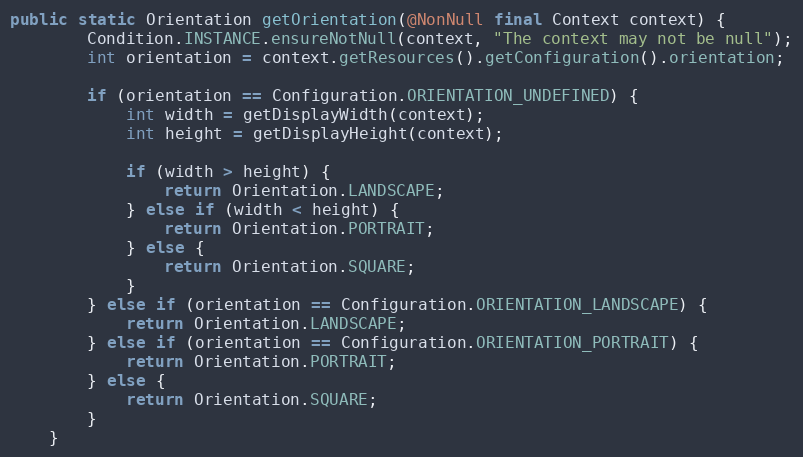
Language: Java
public static Orientation getOrientation(@NonNull final Context context) {
        Condition.INSTANCE.ensureNotNull(context, "The context may not be null");
        int orientation = context.getResources().getConfiguration().orientation;

        if (orientation == Configuration.ORIENTATION_UNDEFINED) {
            int width = getDisplayWidth(context);
            int height = getDisplayHeight(context);

            if (width > height) {
                return Orientation.LANDSCAPE;
            } else if (width < height) {
                return Orientation.PORTRAIT;
            } else {
                return Orientation.SQUARE;
            }
        } else if (orientation == Configuration.ORIENTATION_LANDSCAPE) {
            return Orientation.LANDSCAPE;
        } else if (orientation == Configuration.ORIENTATION_PORTRAIT) {
            return Orientation.PORTRAIT;
        } else {
            return Orientation.SQUARE;
        }
    }